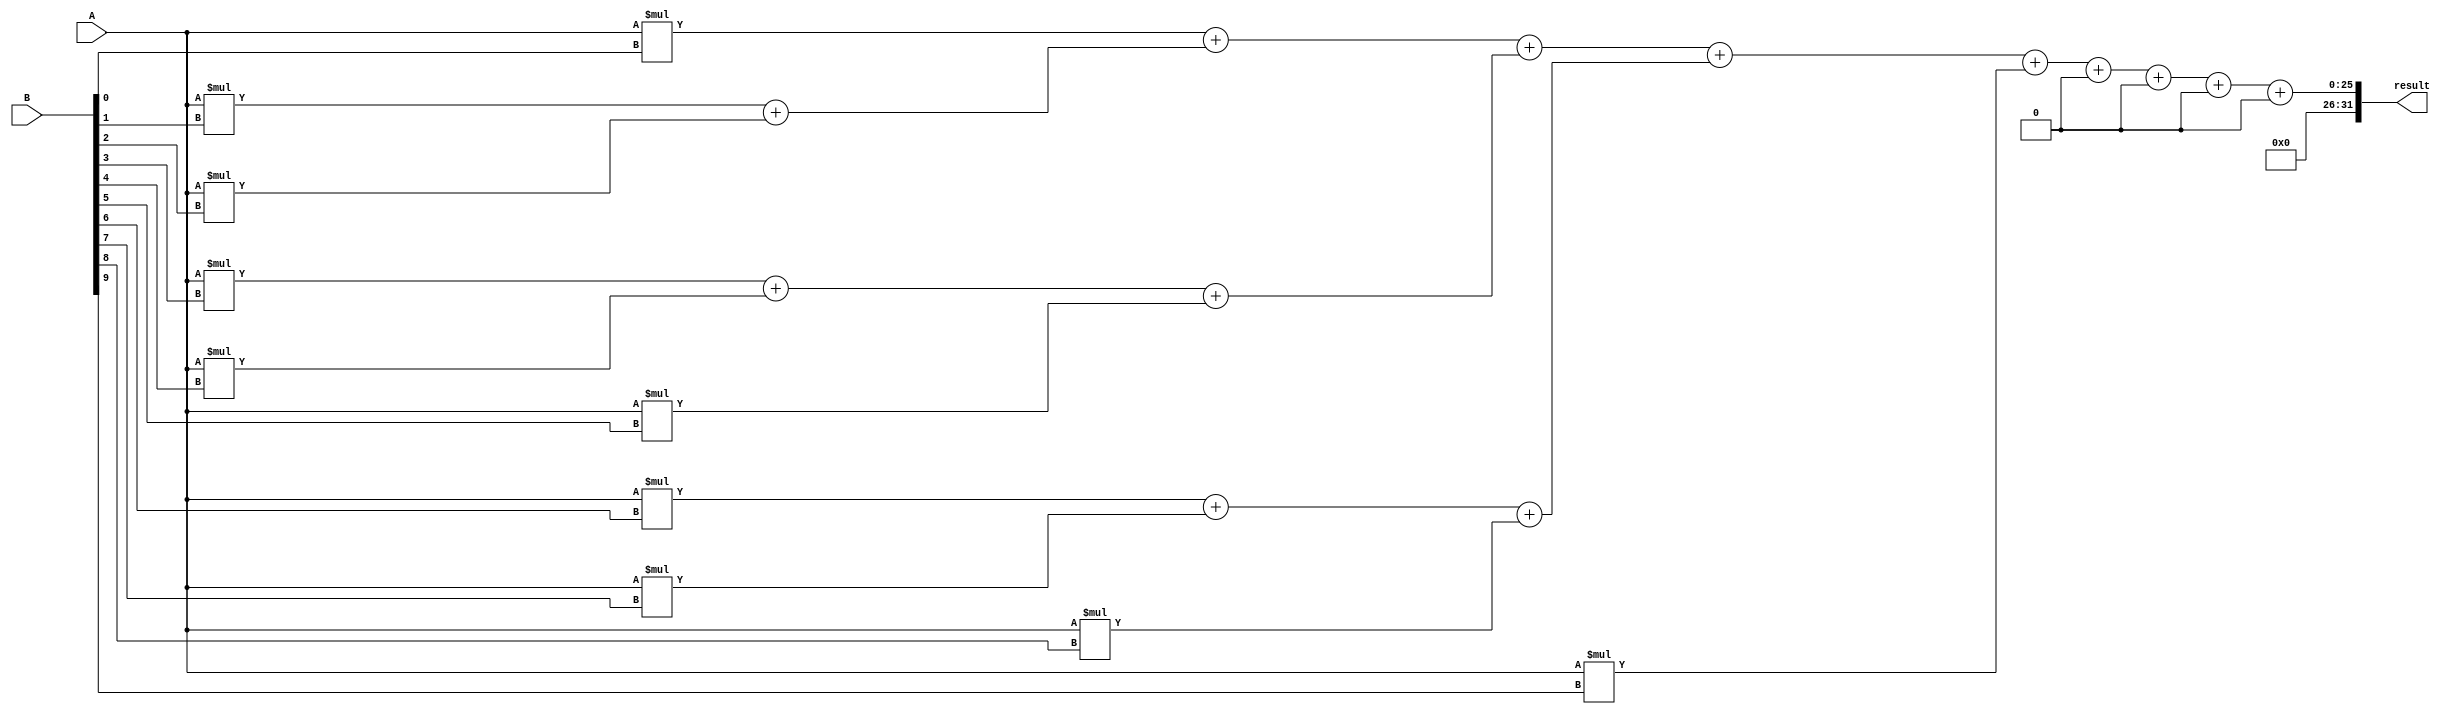
module dadda_multiplier (
    input [15:0] A,
    input [15:0] B,
    output reg [31:0] result
);

// Partial Product Generator
reg [31:0] pp[9:0];

// Carry-Save Adder
reg [31:0] cs[8:0];

// Final Sum Accumulation Block
wire [31:0] sum;

// Generate Partial Products
always @*
begin
    pp[0] = A * B[0];
    pp[1] = A * B[1];
    pp[2] = A * B[2];
    pp[3] = A * B[3];
    pp[4] = A * B[4];
    pp[5] = A * B[5];
    pp[6] = A * B[6];
    pp[7] = A * B[7];
    pp[8] = A * B[8];
    pp[9] = A * B[9];
end

// Perform Carry-Save Addition
always @*
begin
    cs[0] = pp[0];
    cs[1] = pp[1] + pp[2];
    cs[2] = pp[3] + pp[4] + pp[5];
    cs[3] = pp[6] + pp[7] + pp[8];
    cs[4] = pp[9];
    cs[5] = 0;
    cs[6] = 0;
    cs[7] = 0;
    cs[8] = 0;
end

// Perform Final Sum Accumulation
assign sum = cs[0] + cs[1] + cs[2] + cs[3] + cs[4] + cs[5] + cs[6] + cs[7] + cs[8];

// Assign Final Sum to Result
always @*
begin
    result = sum;
end
endmodule